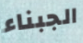
الجبناء